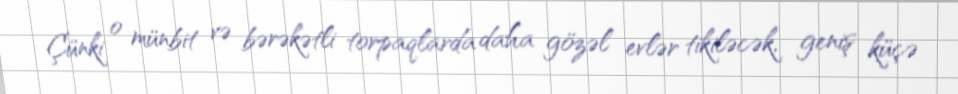
Çünki o münbit və bərəkətli torpaqlarda daha gözəl evlər tikiləcək, geniş küçə